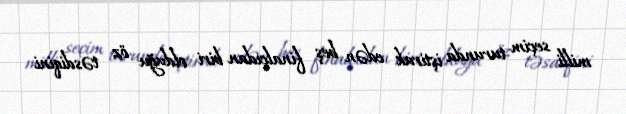
milli seçim turunda iştirak edən beş finalçıdan biri olduğu öz təsdiqini